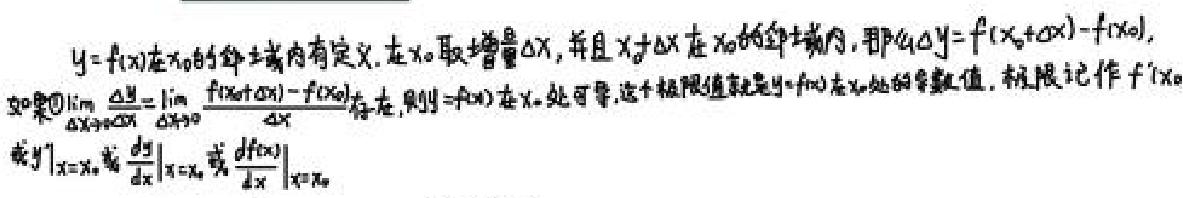
$y = f(x)$在$x_0$的邻域内有定义. 在$x_0$取增量$\Delta x$, 并且$x_0+\Delta x$在$x_0$的邻域内, 那么$\Delta y = f(x_0+\Delta x)-f(x_0)$,
如果\textcircled{1}$\lim\limits_{\Delta x\rightarrow0}\frac{\Delta y}{\Delta x}=\lim\limits_{\Delta x\rightarrow0}\frac{f(x_0+\Delta x)-f(x_0)}{\Delta x}$存在, 则$y = f(x)$在$x_0$处可导, 这个极限值就是$y = f(x)$在$x_0$处的导数值, 极限记作$f^\prime(x_0)$
或$y^\prime|_{x = x_0}$或$\frac{dy}{dx}|_{x = x_0}$或$\frac{df(x)}{dx}|_{x = x_0}$